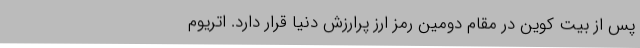
پس از بیت کوین در مقام دومین رمز ارز پرارزش دنیا قرار دارد. اتریوم